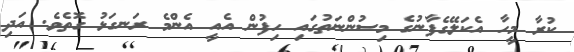
ކުރާ މީހާ އެކަލޭގެފާނުގެ މިސުންނަތުގައި ހިފުން އެއީ އެންމެ ރަނގަޅު ގޮތެވެ. އަދި